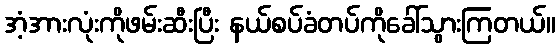
အံ့အားလုံးကိုဖမ်းဆီးပြီး နယ်စပ်ခံတပ်ကိုခေါ်သွားကြတယ်။